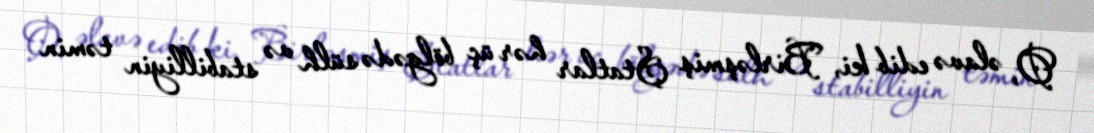
O, əlavə edib ki, Birləşmiş Ştatlar hər üç bölgədə sülh və stabilliyin təmin